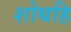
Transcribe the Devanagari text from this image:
शोथहि